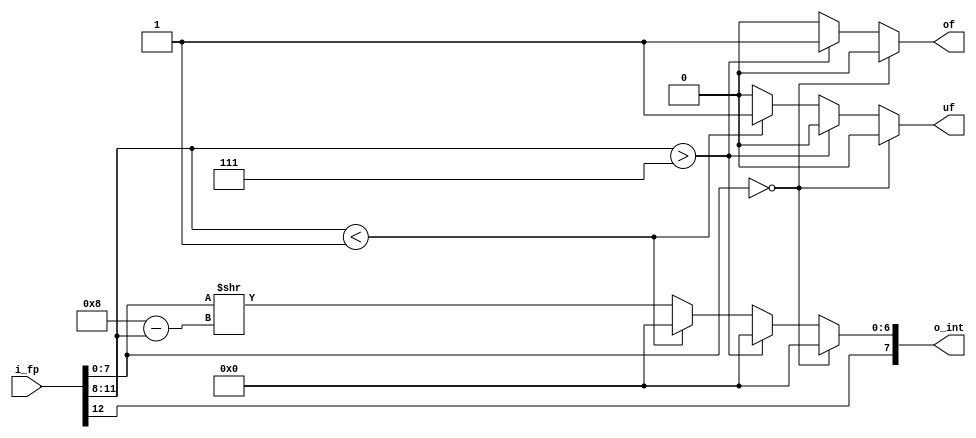
`timescale 1ns / 1ps

module fp_to_int (
        input wire [12:0] i_fp,
        output reg [7:0] o_int,
        output reg uf, of
    );

    reg [7:0] int_magnitude;
    reg [3:0] f_exp;
    reg [7:0] f_frac;
    reg [3:0] lead;

    always @*
    begin
        f_exp = i_fp[11:8];
        f_frac = i_fp[7:0];
        lead = 8 - f_exp;
        of = 1'b0;
        uf = 1'b0;


        if (f_frac == 8'b00000000)
            int_magnitude = 8'b00000000;
        // overflow condition
        else if (f_exp > 4'b0111)
        begin
            int_magnitude = 8'b00000000;
            of = 1'b1;
        end
        // smaller
        else if (f_exp < 4'b0001)
        begin
            int_magnitude = 8'b00000000;
            uf = 1'b1;
        end
        else
            int_magnitude = f_frac >> lead;
        
        o_int = {i_fp[12], int_magnitude[6:0]};

    end
endmodule